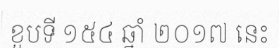
ខួបទី ១៥៤ ឆ្នាំ ២០១៧ នេះ